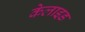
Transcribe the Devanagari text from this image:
केलाइड